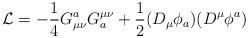
LaTeX: \begin{align*}{\cal L} = -{ 1\over 4} G_{\mu \nu} ^a G^{\mu \nu} _a +{1 \over 2} (D_{\mu} \phi _a ) (D^{\mu} \phi ^a )\end{align*}